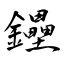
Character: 鑸